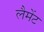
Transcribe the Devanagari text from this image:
लैमेंट